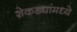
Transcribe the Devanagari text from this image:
शेकड्यांमध्ये